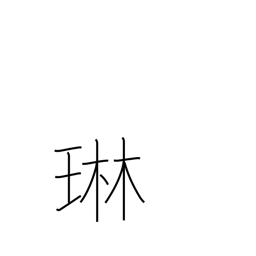
Meaning: tinkling of jewelry